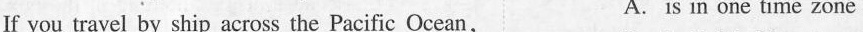
If you travel by ship across the Pacific Ocean, A. is in one time zone